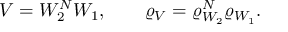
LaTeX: V = W _ { 2 } ^ { N } W _ { 1 } , \qquad \varrho _ { V } = \varrho _ { W _ { 2 } } ^ { N } \varrho _ { W _ { 1 } } .